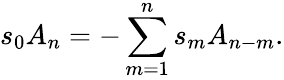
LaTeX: s_{0}A_{n}=-\sum_{m=1}^{n}s_{m}A_{n-m}.